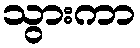
သွားကာ